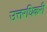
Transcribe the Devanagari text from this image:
उत्तरधिकरी